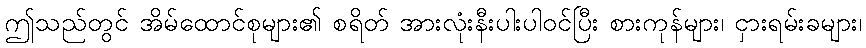
ဤသည်တွင် အိမ်ထောင်စုများ၏ စရိတ် အားလုံးနီးပါးပါဝင်ပြီး စားကုန်များ၊ ငှားရမ်းခများ၊